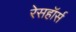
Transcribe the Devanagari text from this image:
रेसहॉर्स